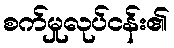
စက်မှုလုပ်ငန်း၏